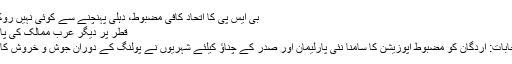
بی ایس پی کا اتحاد کافی مضبوط، دہلی پہنچنے سے کوئی نہیں روک سکتا: ملائم
قطر پر دیگر عرب ممالک کی پابندی کا امکان
ترکی میں انتخابات: اردگان کو مضبوط اپوزیشن کا سامنا نئی پارلیمان اور صدر کے چناؤ کیلئے شہریوں نے پولنگ کے دوران جوش و خروش کا مظاہرہ کیا –